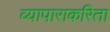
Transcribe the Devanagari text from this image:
व्यापाराकरिता